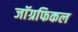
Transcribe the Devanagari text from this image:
जाॅग्रफिकल